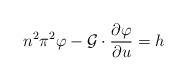
LaTeX: \begin{align*}n^2\pi^2\varphi - \mathcal{G} \cdot \dfrac{\partial \varphi}{\partial u} =h\end{align*}